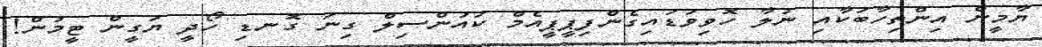
ޔާމީން އިންތިހާބަކާއި ނުލާ ހޮވިވަޑައިގެންފިޕީޕީއެމް ކައުންސިލް ގިނަ ގޮނޑި ހޯދީ ޔަގީން ޓީމުން!